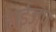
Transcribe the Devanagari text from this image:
हाईजंप